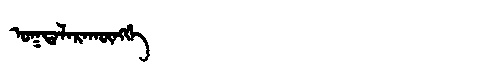
Manchu: ᠣᡴᡨᠠᠯᠠᡵᠠᡴᡡᠩᡤᡝ
Romanization: OKTALARAKŪNGGE